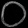
Digit: ၀